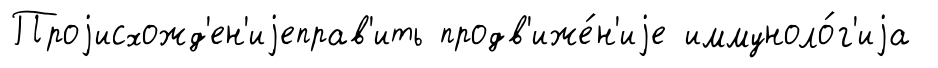
Проjисхожд'ен'иjеправ'ить продв'иже́н'иjе иммуноло́г'иjа